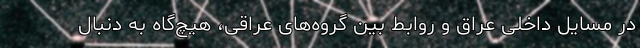
در مسایل داخلی عراق و روابط بین گروه‌های عراقی، هیچ‌گاه به دنبال